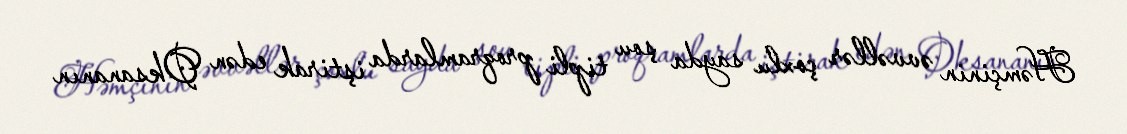
Həmçinin əvvəllər çoxlu sayda şou tipli proqramlarda iştirak edən Oksananın